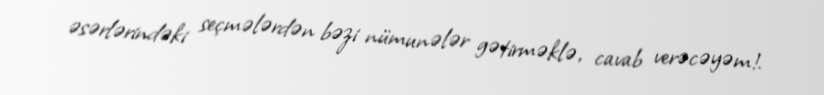
əsərlərindəki seçmələrdən bəzi nümunələr gətirməklə, cavab verəcəyəm!.